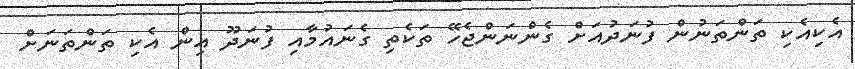
އެކިއެކި ތަންތަނުން ފުނަދުއަށް ގެންނަންޖެހޭ ތަކެތި ގެނައުމާއި ފުނަދޫ އިން އެކި ތަންތަނަށް